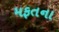
મફતના